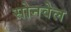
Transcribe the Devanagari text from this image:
सोनवेल